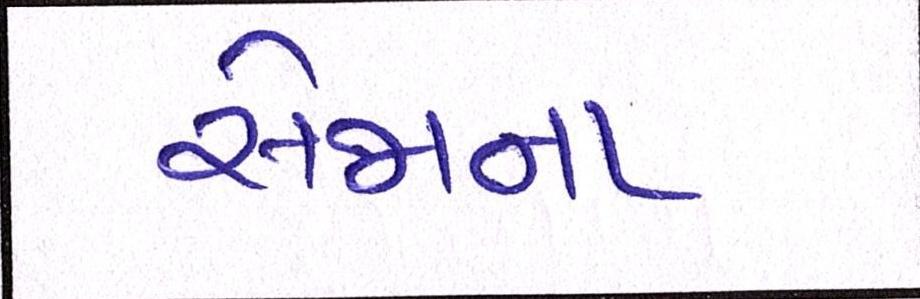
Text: સેજાના